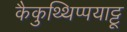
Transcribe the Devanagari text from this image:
कैकुथ्थिप्पयाट्टू